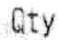
QTY